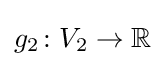
g_{2}\colon V_{2}\to \mathbb {R}